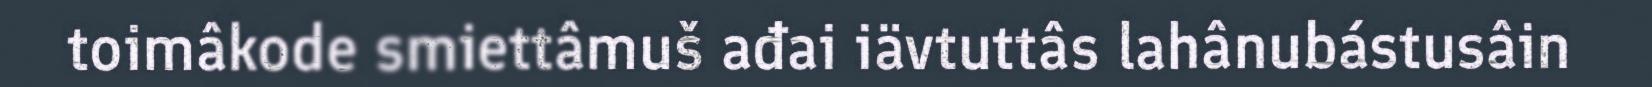
toimâkode smiettâmuš ađai iävtuttâs lahânubástusâin